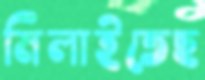
মিলাইতেছ